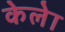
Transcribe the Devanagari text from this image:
केलेा